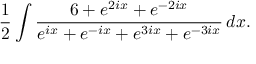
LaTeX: { \frac { 1 } { 2 } } \int { \frac { 6 + e ^ { 2 i x } + e ^ { - 2 i x } } { e ^ { i x } + e ^ { - i x } + e ^ { 3 i x } + e ^ { - 3 i x } } } \, d x .